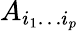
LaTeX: A_{i_{1}\dots i_{p}}